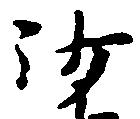
沙